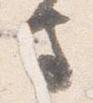
守